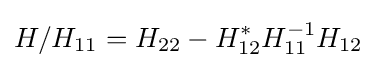
H/H_{11}=H_{22}-H_{12}^{\ast }H_{11}^{-1}H_{12}